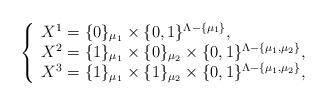
LaTeX: \begin{align*}\left\{\begin{array}{lcl}X^1 = \{0\}_{\mu _1}\times \{0,1\}^{\Lambda -\{\mu_1\}}, \\X^2 = \{1\}_{\mu _1}\times \{0\}_{\mu _2}\times \{0,1\}^{\Lambda -\{\mu _1,\mu _2 \}}, \\X^3 = \{1\}_{\mu _1}\times \{1\}_{\mu _2}\times \{0,1\}^{\Lambda -\{\mu _1,\mu _2\}},\end{array}\right.\end{align*}